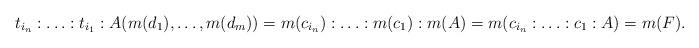
LaTeX: \begin{align*}t_{i_n}:\ldots:t_{i_1}:A(m(d_1), \ldots,m(d_m))=m(c_{i_n}):\ldots:m(c_1):m(A)=m(c_{i_n}:\ldots:c_1:A)=m(F).\end{align*}